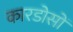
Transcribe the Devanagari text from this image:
कारडोसों